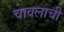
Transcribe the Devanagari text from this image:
चावलाची